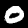
Digit: 0